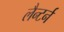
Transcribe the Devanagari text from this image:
लैन्टर्न